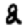
Digit: 2